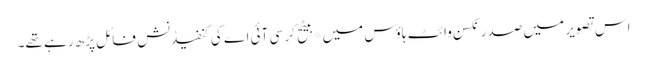
اس تصویر میں صدر نکسن وائٹ ہاؤس میں*بیٹح کر سی آئی اے کی کنفیڈنش فائل پڑھ رہے تھے۔